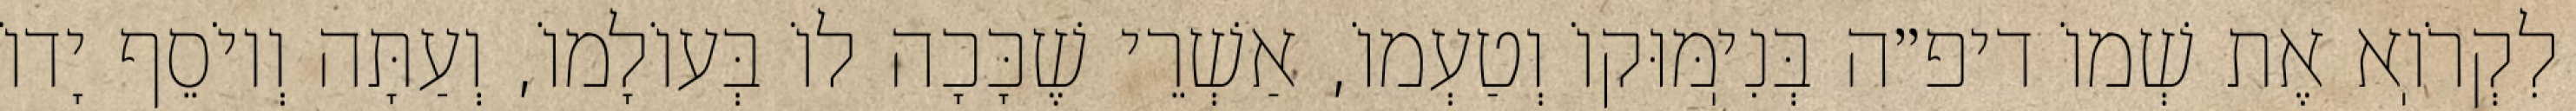
לִקְרֹוֽא אֶת שְׁמוֹ דיפ״ה בְּנִיֽמּוּקוֹ וְטַעְמוֹ, אַשְׁרֵי שֶׁכָּכָה לוֹ בְּעוֹלָמוֹ, וְעַתָּה וְיוֹסֵף יָדוֹ